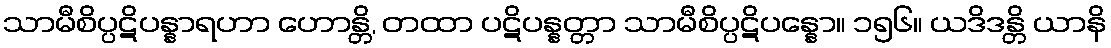
သာမီစိပ္ပဋိပန္နာရဟာ ဟောန္တိ, တထာ ပဋိပန္နတ္တာ သာမီစိပ္ပဋိပန္နော။ ၁၅၆။ ယဒိဒန္တိ ယာနိ